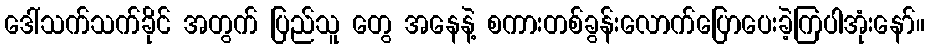
ဒေါ်သက်သက်ခိုင် အတွက် ပြည်သူ တွေ အနေနဲ့ စကားတစ်ခွန်းလောက်ပြောပေးခဲ့ကြပါအုံးနော်။